Problem: 71 + 36 = ?
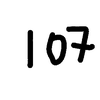
Handwritten answer: 107